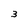
Character: 3